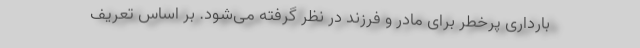
بارداری پرخطر برای مادر و فرزند در نظر گرفته می‌شود. بر اساس تعریف